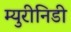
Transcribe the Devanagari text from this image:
म्युरीनिडी